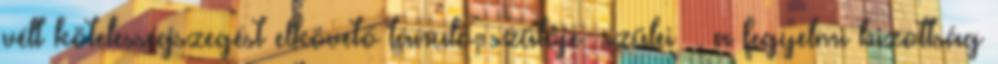
vélt kötelességszegést elkövető tanuló, szülője szülei , a fegyelmi bizottság